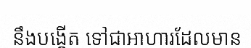
នឹងបង្កើត ទៅជាអាហារដែលមាន